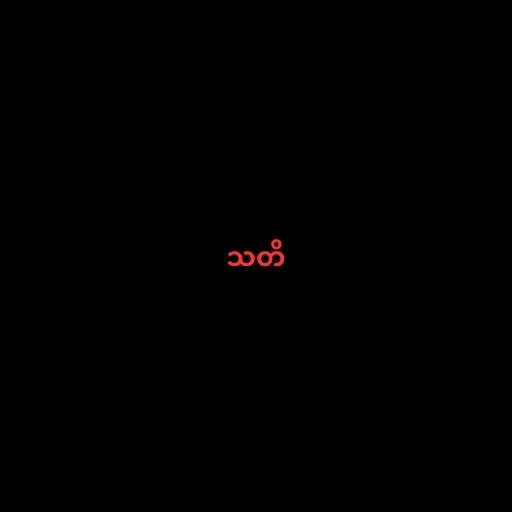
သတိ